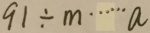
9 1 \div m \cdots a